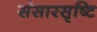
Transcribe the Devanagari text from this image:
संसारसृष्टि